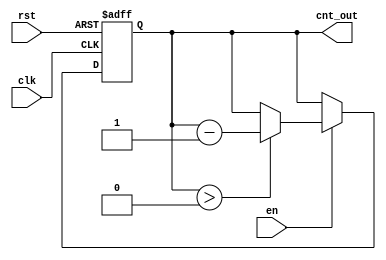
module down_counter_moore #(
    parameter N = 3  // Number of bits for the counter
)(
    input wire clk,       // Clock input
    input wire rst,       // Asynchronous reset
    input wire en,        // Enable signal
    output reg [N-1:0] cnt_out // Count output
);

    // State representation
    reg [N-1:0] current_state;

    // Asynchronous reset and state update on clock edge
    always @(posedge clk or posedge rst) begin
        if (rst) begin
            // Reset to maximum count value
            current_state <= N'b111; // Maximum value for N=3 is 7 (111)
        end else if (en) begin
            // Count down logic
            if (current_state > 0) begin
                current_state <= current_state - 1;
            end
            // If current_state is 0, it remains at 0
        end
    end

    // Output logic (Moore machine output)
    always @(current_state) begin
        cnt_out = current_state; // Output is the current state
    end

endmodule